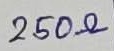
Text: 250Ω